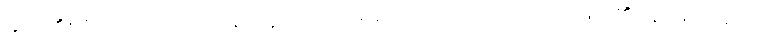
မည်၏။ ဧတံ၊ ဤဝိပဿနာဟူသော အမည်သည်။ ပညာယ၊ ပညာ၏။ နာမံ၊ တည်း။